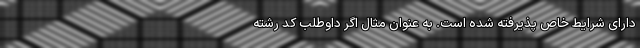
دارای شرایط خاص پذیرفته شده است. به عنوان مثال اگر داوطلب کد رشته